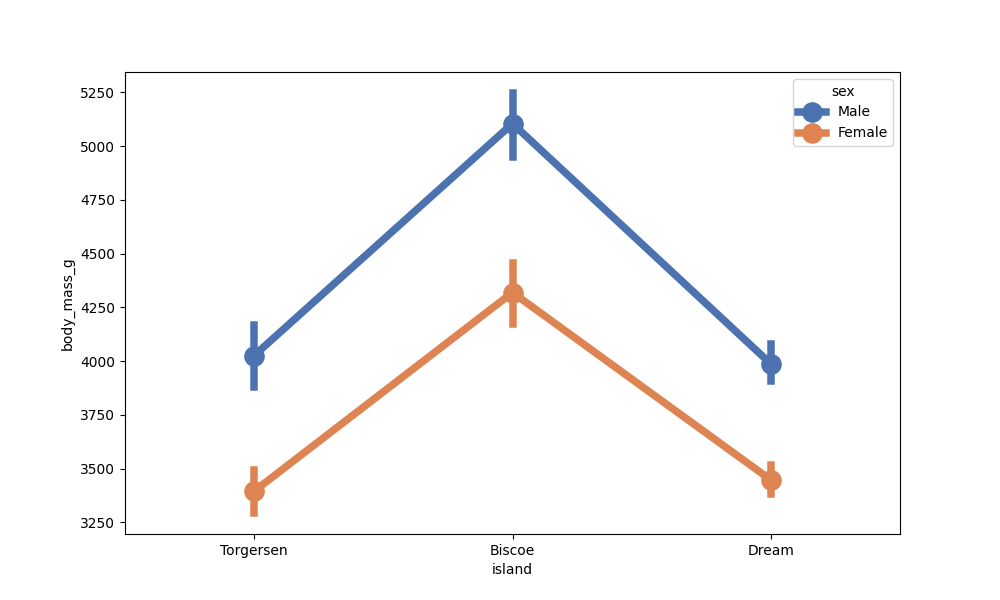
python, seaborn, pointplot, scale=2.0, join=True, hue='sex', palette='deep'